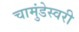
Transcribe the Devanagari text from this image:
चामुंडेस्वरी